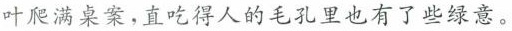
叶爬满桌案，直吃得人的毛孔里也有了些绿意。